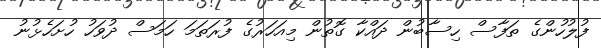
ފުލުހުންގެ ތަފާސް ހިސާބުން ދައްކާ ގޮތުން މިއަހަރުގެ ފުރަތަމަ ހަމަސް ދުވަހު ހުށަހެޅުނު